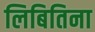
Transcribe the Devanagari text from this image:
लिबितिना